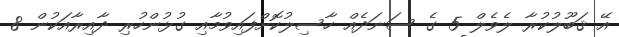
އޭ ޤަބޫލުކުރާ ލެވެލް 5 ގެ ސަނަދެއް ހާސިލުކޮށްފައިވުމާއި ގުޅުންހުރި ދާއިރާއަކުން 8